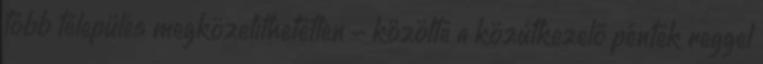
több település megközelíthetetlen - közölte a közútkezelő péntek reggel